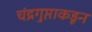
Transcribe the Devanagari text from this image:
चंद्रगुप्ताकडून